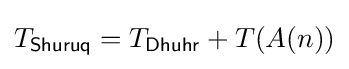
T_{\mathsf {Shuruq}}=T_{\mathsf {Dhuhr}}+T(A(n))